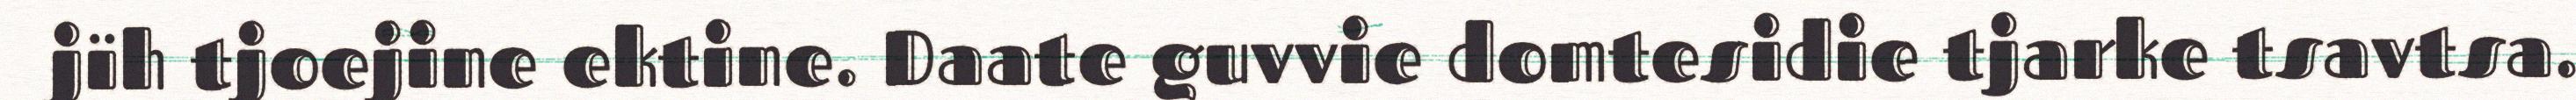
jïh tjoejine ektine. Daate guvvie domtesidie tjarke tsavtsa.